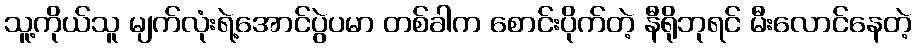
သူ့ကိုယ်သူ မျက်လုံးရဲ့အောင်ပွဲပမာ တစ်ခါက စောင်းပိုက်တဲ့ နီရိုဘုရင် မီးလောင်နေတဲ့